Annual report on the working of the mental hospitals in the Madras Presidency - 1912-1932
Year: 1912
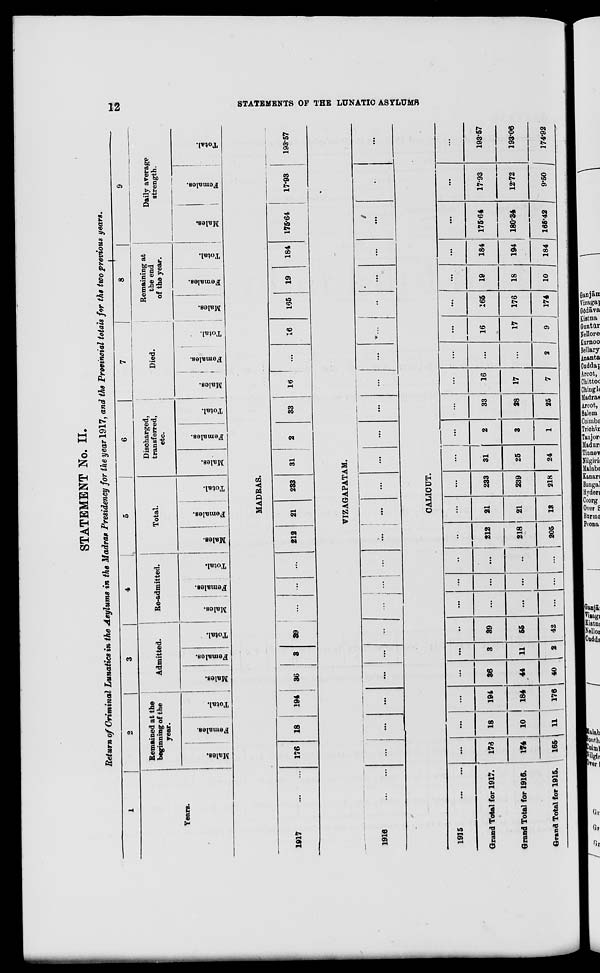
12
STATEMENTS OF THE LUNATIC ASYLUMS
STATEMENT No. II.
Return of Criminal Lunatics in the Asylums in the Madras Presidency for the year 1917, and the Provincial totals for the two previous years.
1
Years.
2
Remained at the
beginning of the
year.
Males.
Females.
Total.
3
Admitted.
Males.
Females.
Total.
4
Re-admitted.
Males.
Females.
Total.
5
Total.
Males.
Females.
Total.
6
Discharged,
transferred,
etc.
Males.
Females.
Total.
7
Died.
Males.
Females.
Total.
8
Remaining at
the end
of the year.
Males.
Females.
Total.
9
Daily average
strength.
Males.
Females.
Total.
MADRAS.
1917
...
... 176
18
194
36
3
39
...
...
...
212
21
233
31
2
33
16
...
16
165
19
184
175.64
17.93
193.57
VIZAGAPATAM.
1916
...
...
...
...
...
...
...
...
...
...
...
...
...
...
...
...
...
...
...
...
...
...
...
...
...
...
CALICUT.
1915
...
...
Grand Total for 1917.
Grand Total for 1916.
Grand Total for 1915.
...
176
174
165
...
18
10
11
...
194
184
176
...
36
44
40
...
3
11
2
...
39
55
42
...
...
...
...
...
...
...
...
...
...
...
...
...
212
218
205
...
21
21
13
...
233
239
218
...
31
25
24
...
2
3
1
...
33
28
25
...
16
17
7
...
...
...
2
...
16
17
9
...
165
176
174
...
19
18
10
...
184
194
184
...
175.64
180.34
165.42
...
17.93
12.72
9.50
...
193.57
193.06
174.92